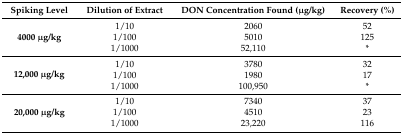
| Spiking Level | Dilution of Extract | DON Concentration Found (μg/kg) | Recovery (%) |
 | --- | --- | --- | --- |
 | <ROWSPAN=3> 4000 μg/kg | 1/10 | 2060 | 52 |
 | 1/100 | 5010 | 125 |
 | 1/1000 | 52,110 | * |
 | <ROWSPAN=3> 12,000 μg/kg | 1/10 | 3780 | 32 |
 | 1/100 | 1980 | 17 |
 | 1/1000 | 100,950 | * |
 | <ROWSPAN=3> 20,000 μg/kg | 1/10 | 7340 | 37 |
 | 1/100 | 4510 | 23 |
 | 1/1000 | 23,220 | 116 |